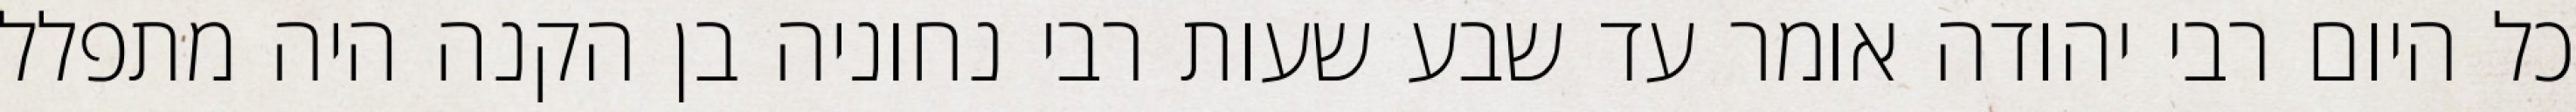
כל היום רבי יהודה אומר עד שבע שעות רבי נחוניה בן הקנה היה מתפלל